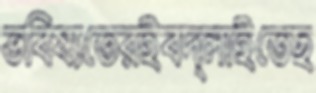
ভবিষ্যতেরইবদ্‌লাইতেছ